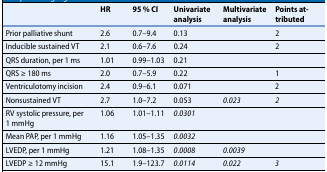
<table><thead><tr><td>[EMPTY_CELL]</td><td><b>HR</b></td><td><b>95 % CI</b></td><td><b>Univariate analysis</b></td><td><b>Multivariate analysis</b></td><td><b>Points attributed</b></td></tr></thead><tbody><tr><td>Prior palliative shunt</td><td>2.6</td><td>0.7–9.4</td><td>0.13</td><td>[EMPTY_CELL]</td><td>2</td></tr><tr><td>Inducible sustained VT</td><td>2.1</td><td>0.6–7.6</td><td>0.24</td><td>[EMPTY_CELL]</td><td>2</td></tr><tr><td>QRS duration, per 1 ms</td><td>1.01</td><td>0.99–1.03</td><td>0.21</td><td>[EMPTY_CELL]</td><td>[EMPTY_CELL]</td></tr><tr><td>QRS ≥ 180 ms</td><td>2.0</td><td>0.7–5.9</td><td>0.22</td><td>[EMPTY_CELL]</td><td>1</td></tr><tr><td>Ventriculotomy incision</td><td>2.4</td><td>0.9–6.1</td><td>0.071</td><td>[EMPTY_CELL]</td><td>2</td></tr><tr><td>Nonsustained VT</td><td>2.7</td><td>1.0–7.2</td><td>0.053</td><td><i>0.023</i></td><td><i>2</i></td></tr><tr><td>RV systolic pressure, per 1 mmHg</td><td>1.06</td><td>1.01–1.11</td><td><i>0.0301</i></td><td>[EMPTY_CELL]</td><td>[EMPTY_CELL]</td></tr><tr><td>Mean PAP, per 1 mmHg</td><td>1.16</td><td>1.05–1.35</td><td><i>0.0032</i></td><td>[EMPTY_CELL]</td><td>[EMPTY_CELL]</td></tr><tr><td>LVEDP, per 1 mmHg</td><td>1.21</td><td>1.08–1.35</td><td><i>0.0008</i></td><td><i>0.0039</i></td><td>[EMPTY_CELL]</td></tr><tr><td>LVEDP ≥ 12 mmHg</td><td>15.1</td><td>1.9–123.7</td><td><i>0.0114</i></td><td><i>0.022</i></td><td><i>3</i></td></tr></tbody></table>